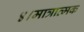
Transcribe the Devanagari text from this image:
४।मात्रात्मक